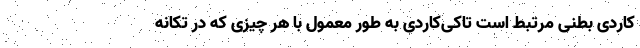
کاردی بطنی مرتبط است تاکی‌کاردی به طور معمول با هر چیزی که در تکانه